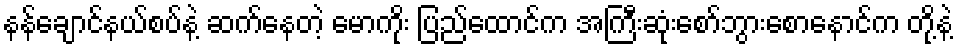
နန်ချောင်နယ်စပ်နဲ့ ဆက်နေတဲ့ မောကိုး ပြည်ထောင်က အကြီးဆုံးစော်ဘွားစောနောင်က တို့နဲ့